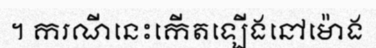
។ ករណីនេះកើតឡើងនៅម៉ោង